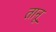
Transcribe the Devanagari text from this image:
तानू